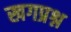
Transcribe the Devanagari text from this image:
खगप्रश्न